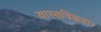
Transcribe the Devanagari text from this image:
वास्तविकता।